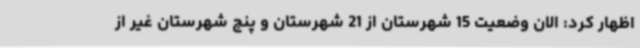
اظهار کرد: الان وضعیت 15 شهرستان از 21 شهرستان و پنج شهرستان غیر از